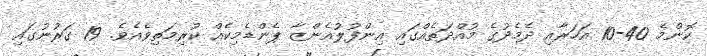
ކޮންމެ 40-10 އަހަރާއި ދެމެދުގެ މުއްދަތެއްގައި އިންފުލުއެންޒާ ޕެންޑެމިކެއް ކުރިމަތިވެއެވެ. 19 ގަރުނުގައި